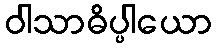
ဝါသာဓိပ္ပါယော